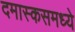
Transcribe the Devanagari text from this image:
दमास्कसमध्ये